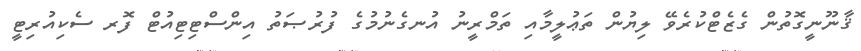
ޤާނޫނީގޮތުން ގެޒެޓްކުރެވޭ ލިޔުން ތަޢުލީމާއި ތަމްރީނު އުނގެނުމުގެ ފުރުޞަތު އިންސްޓިޓިއުޓް ފޮރ ސެކިއުރިޓީ